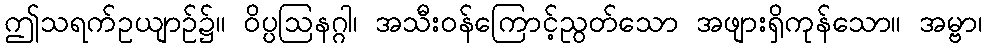
ဤသရက်ဥယျာဉ်၌။ ဝိပ္ပဩနဂ္ဂါ၊ အသီးဝန်ကြောင့်ညွတ်သော အဖျားရှိကုန်သော။ အမ္ဗာ၊